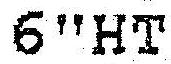
6"HT